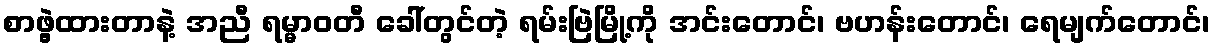
စာဖွဲ့ထားတာနဲ့ အညီ ရမ္မာဝတီ ခေါ်တွင်တဲ့ ရမ်းဗြဲမြို့ကို အင်းတောင်၊ ဗဟန်းတောင်၊ ရေမျက်တောင်၊